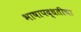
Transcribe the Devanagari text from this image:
भाषापद्धतीचा